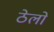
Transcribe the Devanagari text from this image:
ठेलो